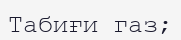
Табиғи газ;